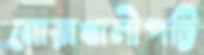
নোয়াখালীপট্টি